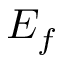
E _ { f }